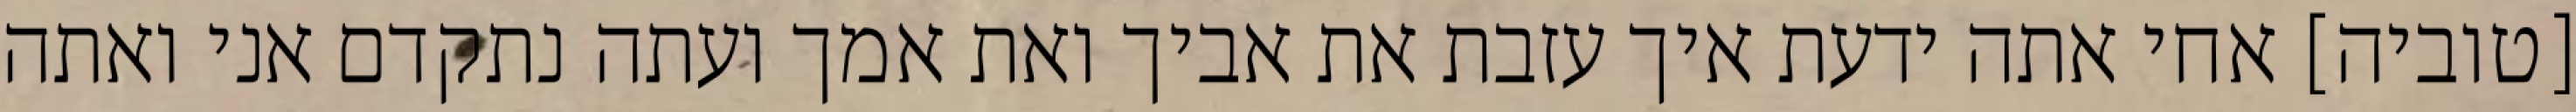
[טוביה] אחי אתה ידעת איך עזבת את אביך ואת אמך ועתה נתקדם אני ואתה